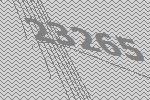
23265